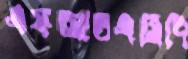
এফআরএসিপি